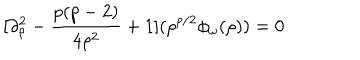
LaTeX: [ \partial _ { \rho } ^ { 2 } - { \frac { p ( p - 2 ) } { 4 \rho ^ { 2 } } } + 1 ] ( \rho ^ { p / 2 } \phi _ { \omega } ( \rho ) ) = 0